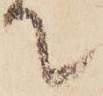
て